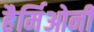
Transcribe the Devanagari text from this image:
हैर्मिओनी